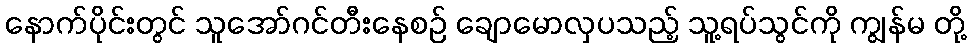
နောက်ပိုင်းတွင် သူအော်ဂင်တီးနေစဉ် ချောမောလှပသည့် သူ့ရပ်သွင်ကို ကျွန်မ တို့